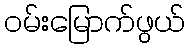
ဝမ်းမြောက်ဖွယ်